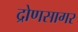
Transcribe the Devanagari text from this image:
द्रोणसागर